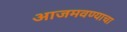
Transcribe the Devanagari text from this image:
आजमवण्याचा